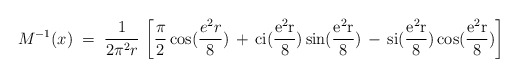
\begin{align*}M^{-1}(x) \;=\; \frac{1}{2 \pi^2 r} \, \left[ \frac{\pi}{2} \cos(\frac{e^2r}{8}) \,+\, \rm{ci}(\frac{e^2r}{8})\sin(\frac{e^2r}{8}) \,-\, \rm{si}(\frac{e^2r}{8}) \cos(\frac{e^2r}{8}) \right]\end{align*}